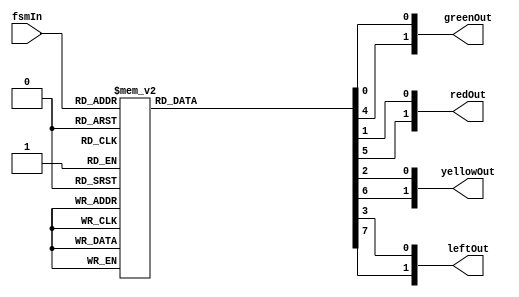

module led_control(fsmIn, greenOut, redOut, yellowOut, leftOut);
  input [2:0] fsmIn;

// The different lights of the intersection
  output reg [1:0] greenOut, redOut, yellowOut, leftOut;

// 0 bit represents the north / south road, 1 bit is the east / west road

  always @(*)
  begin
    case (fsmIn)
      3'd0: begin
        greenOut[0] = 1;
        redOut[0] = 0;
        yellowOut[0] = 0;
        leftOut[0] = 0;

        greenOut[1] = 0;
        redOut[1] = 1;
        yellowOut[1] = 0;
        leftOut[1] = 0;
      end
      3'd1: begin
        greenOut[0] = 0;
        redOut[0] = 0;
        yellowOut[0] = 1;
        leftOut[0] = 0;

        greenOut[1] = 0;
        redOut[1] = 1;
        yellowOut[1] = 0;
        leftOut[1] = 0;
      end
      3'd2: begin
        greenOut[0] = 0;
        redOut[0] = 1;
        yellowOut[0] = 0;
        leftOut[0] = 0;

        greenOut[1] = 0;
        redOut[1] = 1;
        yellowOut[1] = 0;
        leftOut[1] = 0;
      end
      3'd3: begin
        greenOut[0] = 0;
        redOut[0] = 1;
        yellowOut[0] = 0;
        leftOut[0] = 0;

        greenOut[1] = 0;
        redOut[1] = 1;
        yellowOut[1] = 0;
        leftOut[1] = 1;
      end
      3'd4: begin
        greenOut[0] = 0;
        redOut[0] = 1;
        yellowOut[0] = 0;
        leftOut[0] = 0;

        greenOut[1] = 1;
        redOut[1] = 0;
        yellowOut[1] = 0;
        leftOut[1] = 0;
      end
      3'd5: begin
        greenOut[0] = 0;
        redOut[0] = 1;
        yellowOut[0] = 0;
        leftOut[0] = 0;

        greenOut[1] = 0;
        redOut[1] = 0;
        yellowOut[1] = 1;
        leftOut[1] = 0;
      end
      3'd6: begin
        greenOut[0] = 0;
        redOut[0] = 1;
        yellowOut[0] = 0;
        leftOut[0] = 0;

        greenOut[1] = 0;
        redOut[1] = 1;
        yellowOut[1] = 0;
        leftOut[1] = 0;
      end
      3'd7: begin
        greenOut[0] = 0;
        redOut[0] = 1;
        yellowOut[0] = 0;
        leftOut[0] = 1;

        greenOut[1] = 0;
        redOut[1] = 1;
        yellowOut[1] = 0;
        leftOut[1] = 0;
      end
      default: begin
        greenOut[0] = 0;
        redOut[0] = 0;
        yellowOut[0] = 0;
        leftOut[0] = 0;

        greenOut[1] = 0;
        redOut[1] = 0;
        yellowOut[1] = 0;
        leftOut[1] = 0;
      end
    endcase
  end
endmodule